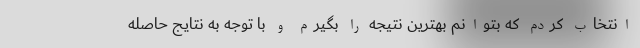
انتخاب کردم که بتوانم بهترین نتیجه را بگیرم و با توجه به نتایج حاصله